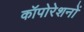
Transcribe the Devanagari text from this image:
कॉपोरेशनों